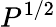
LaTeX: P^{1/2}